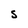
Character: S